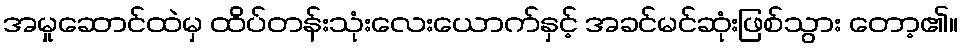
အမှုဆောင်ထဲမှ ထိပ်တန်းသုံးလေးယောက်နှင့် အခင်မင်ဆုံးဖြစ်သွား တော့၏။